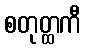
စတုတ္ထကီ